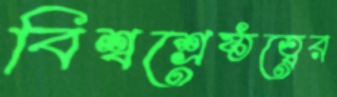
বিশ্বশ্রেষ্ঠত্বের